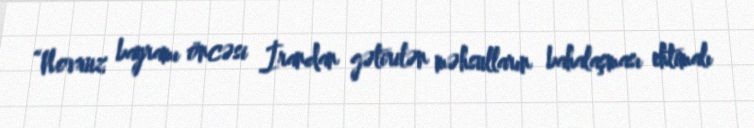
“Novruz bayramı öncəsi İrandan gətirilən məhsulların bahalaşması ehtimalı